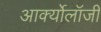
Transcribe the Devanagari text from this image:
आर्क्योलॉजी